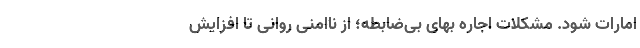
امارات شود. مشکلات اجاره بهای بی‌ضابطه؛ از ناامنی روانی تا افزایش